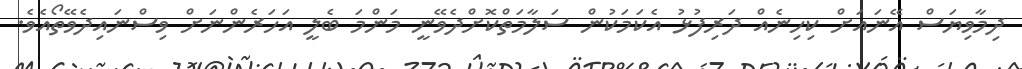
ދިމާވިޔަސް އޭނައަށް ކިހިނެއް ދަރިފުޅު އެކަމަކުން ސަލާމަތްކޮށްދެވޭނީ މަންމަ ބެލީ އަހަރެންނަށް ވިސްނައިދެވޭތޯއެވެ.